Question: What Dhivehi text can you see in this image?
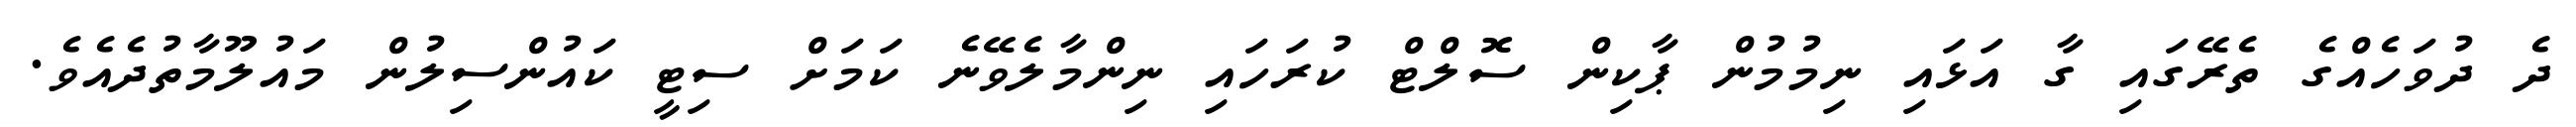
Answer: ދެ ދުވަހެއްގެ ތެރޭގައި ގާ އަޅައި ނިމުމުން ޕާކިން ސޮލްޓް ކުރަހައި ނިންމާލެވޭނެ ކަމަށް ސިޓީ ކައުންސިލުން މައުލޫމާތުދެއެވެ.